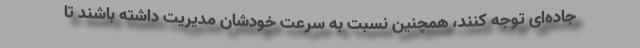
جاده‌ای توجه کنند، همچنین نسبت به سرعت خودشان مدیریت داشته باشند تا